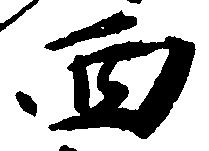
西